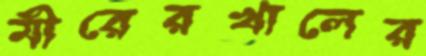
মীরেরখালের